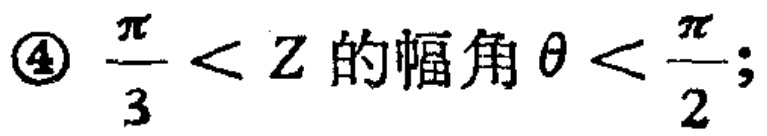
\(\textcircled{4}\ \frac{\pi}{3}<Z\text{ 的幅角 }\theta<\frac{\pi}{2};\)